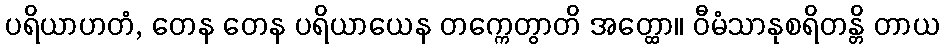
ပရိယာဟတံ, တေန တေန ပရိယာယေန တက္ကေတွာတိ အတ္ထော။ ဝီမံသာနုစရိတန္တိ တာယ